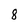
Character: 8